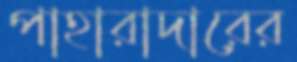
পাহারাদারের